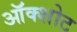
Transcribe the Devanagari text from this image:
ऑक्शोट